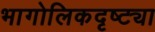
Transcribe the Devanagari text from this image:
भागोलिकदृष्ट्या